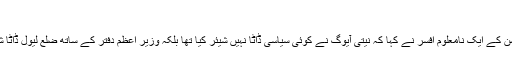
‘
الیکشن کمیشن کے ایک نامعلوم افسر نے کہا کہ نیتی آیوگ نے کوئی سیاسی ڈاٹا نہیں شیئر کیا تھا بلکہ وزیر اعظم دفتر کے ساتھ ضلع لیول ڈاٹا شیئر کیا تھا۔